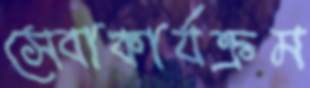
সেবাকার্যক্রম